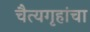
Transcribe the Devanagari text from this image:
चैत्यगृहांचा